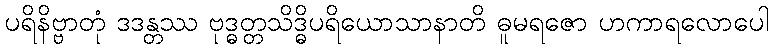
ပရိနိဗ္ဗာတုံ ဒဒန္တဿ ဗုဒ္ဓတ္တသိဒ္ဓိပရိယောသာနာတိ ဓူမရဇော ဟကာရလောပေါ